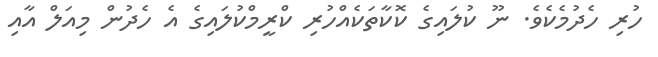
ހުރި ހެދުމެކެވެ. ނޫ ކުލައިގެ ކޮކާތަކެއްހުރި ކްރީމްކުލައިގެ އެ ހެދުން މިއަލް އާއި